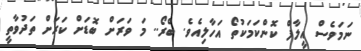
ނަމަވެސް އީލާފް ކޮންކަމަކުތޯ އަހާލިއެވެ. ބްރޯ.. މަ ވަރަށް ބޮޑަށް ކަރަށް ތަދުވާތީ